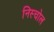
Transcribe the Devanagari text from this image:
निस्चोल